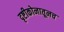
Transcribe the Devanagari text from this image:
दृष्टीकोनातूनच